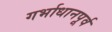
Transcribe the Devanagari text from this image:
गर्भाधानपूर्व